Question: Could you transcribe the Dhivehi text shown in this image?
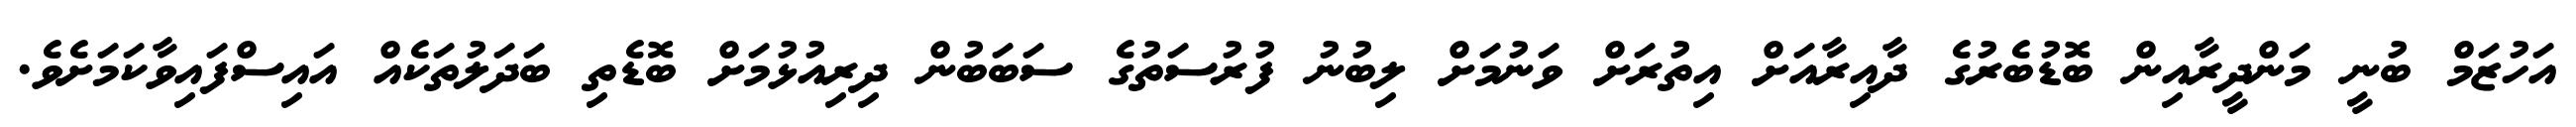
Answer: އަހުޒަމް ބުނީ މަންދީރާއިން ބޮޑުބެރުގެ ދާއިރާއަށް އިތުރަށް ވަނުމަށް ލިބުނު ފުރުސަތުގެ ސަބަބުން ދިރިއުޅުމަށް ބޮޑެތި ބަދަލުތަކެއް އައިސްފައިވާކަމަށެވެ.